Vaccination report Assam 1874-1896 - 1874-1896
Year: 1874
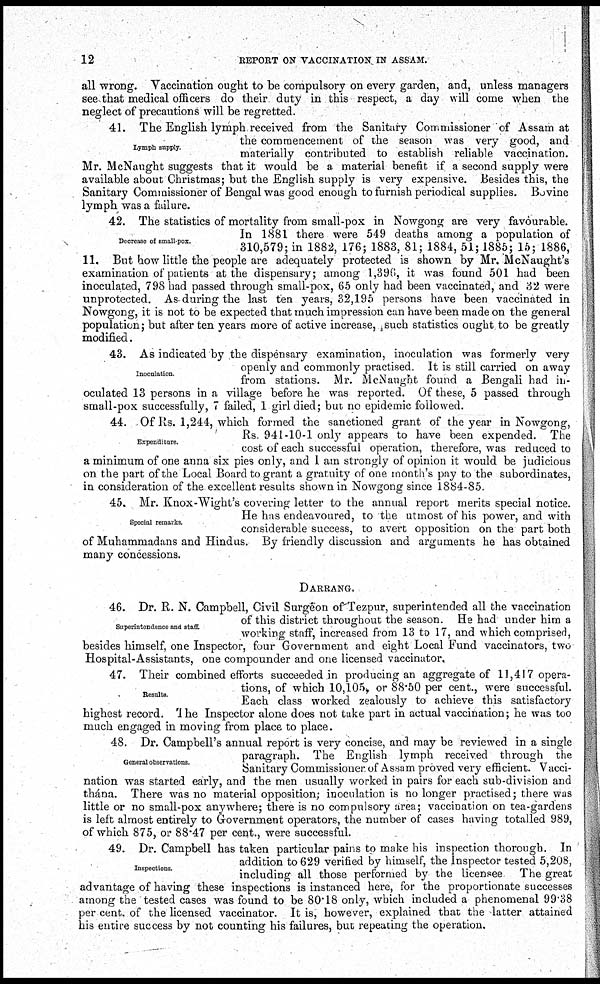
12
REPORT ON VACCINATION IN ASSAM.
all wrong. Vaccination ought to be compulsory on every garden, and, unless managers
see that medical officers do their duty in this respect, a day will come when the
neglect of precautions will be regretted.
Lymph supply.
41. The English lymph received from the Sanitary Commissioner of Assam at
the commencement of the season was very good, and
materially contributed to establish reliable vaccination.
Mr. McNaught suggests that it would be a material benefit if a second supply were
available about Christmas; but the English supply is very expensive. Besides this, the
Sanitary Commissioner of Bengal was good enough to furnish periodical supplies. Bovine
lymph was a failure.
Decrease of small-pox.
42. The statistics of mortality from small-pox in Nowgong are very favourable.
In 1881 there were 549 deaths among a population of
310,579; in 1882, 176; 1883, 81; 1884, 51; 1885; 15; 1886,
11. But how little the people are adequately protected is shown by Mr. McNaught's
examination of patients at the dispensary; among 1,396, it was found 501 had been
inoculated, 798 had passed through small-pox, 65 only had been vaccinated, and 32 were
unprotected. As during the last ten years, 32,195 persons have been vaccinated in
Nowgong, it is not to be expected that much impression can have been made on the general
population; but after ten years more of active increase, such statistics ought to be greatly
modified.
Inoculation.
43. As indicated by the dispensary examination, inoculation was formerly very
openly and commonly practised. It is still carried on away
from stations. Mr. McNaught found a Bengali had in-
oculated 13 persons in a village before he was reported. Of these, 5 passed through
small-pox successfully, 7 failed, 1 girl died; but no epidemic followed.
Expenditure.
44. Of Rs. 1,244, which formed the sanctioned grant of the year in Nowgong,
Rs. 941-10-1 only appears to have been expended. The
cost of each successful operation, therefore, was reduced to
a minimum of one anna six pies only, and I am strongly of opinion it would be judicious
on the part of the Local Board to grant a gratuity of one month's pay to the subordinates,
in consideration of the excellent results shown in Nowgong since 1884-85.
Special remarks.
45. Mr. Knox-Wight's covering letter to the annual report merits special notice.
He has endeavoured, to the utmost of his power, and with
considerable success, to avert opposition on the part both
of Muhammadans and Hindus. By friendly discussion and arguments he has obtained
many concessions.
DARRANG.
Superintendence and staff.
46. Dr. R. N. Campbell, Civil Surgeon of Tezpur, superintended all the vaccination
of this district throughout the season. He had under him a
working staff, increased from 13 to 17, and which comprised,
besides himself, one Inspector, four Government and eight Local Fund vaccinators, two
Hospital-Assistants, one compounder and one licensed vaccinator.
Results
47. Their combined efforts succeeded in producing an aggregate of 11,417 opera-
tions, of which 10,105, or 88.50 per cent., were successful.
Each class worked zealously to achieve this satisfactory
highest record. The Inspector alone does not take part in actual vaccination; he was too
much engaged in moving from place to place.
General observations.
48. Dr. Campbell's annual report is very concise, and may be reviewed in a single
paragraph. The English lymph received through the
Sanitary Commissioner, of Assam proved very efficient. Vacci-
nation was started early, and the men usually worked in pairs for each sub-division and
thána. There was no material opposition; inoculation is no longer practised; there was
little or no small-pox anywhere; there is no compulsory area; vaccination on tea-gardens
is left almost entirely to Government operators, the number of cases having totalled 989,
of which 875, or 88.47 per cent., were successful.
Inspections.
49. Dr. Campbell has taken particular pains to make his inspection thorough. In
addition to 629 verified by himself, the Inspector tested 5,208,
including all those performed by the licensee The great
advantage of having these inspections is instanced here, for the proportionate successes
among the tested cases was found to be 80.18 only, which included a phenomenal 99.38
per cent. of the licensed vaccinator. It is, however, explained that the latter attained
his entire success by not counting his failures, but repeating the operation.